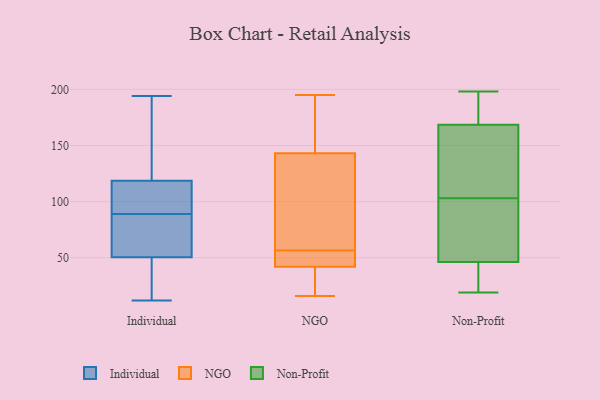
{"axis": {"x": "Conversion Rate (%)", "y": "Value"}, "legend": ["Individual", "NGO", "Non-Profit"], "data": [{"x": "", "y": 117, "type": "Individual"}, {"x": "", "y": 89, "type": "Individual"}, {"x": "", "y": 44, "type": "Individual"}, {"x": "", "y": 84, "type": "Individual"}, {"x": "", "y": 12, "type": "Individual"}, {"x": "", "y": 168, "type": "Individual"}, {"x": "", "y": 194, "type": "Individual"}, {"x": "", "y": 119, "type": "Individual"}, {"x": "", "y": 102, "type": "Individual"}, {"x": "", "y": 70, "type": "Individual"}, {"x": "", "y": 21, "type": "Individual"}, {"x": "", "y": 155, "type": "NGO"}, {"x": "", "y": 48, "type": "NGO"}, {"x": "", "y": 42, "type": "NGO"}, {"x": "", "y": 65, "type": "NGO"}, {"x": "", "y": 21, "type": "NGO"}, {"x": "", "y": 143, "type": "NGO"}, {"x": "", "y": 195, "type": "NGO"}, {"x": "", "y": 16, "type": "NGO"}, {"x": "", "y": 46, "type": "NGO"}, {"x": "", "y": 114, "type": "NGO"}, {"x": "", "y": 50, "type": "Non-Profit"}, {"x": "", "y": 19, "type": "Non-Profit"}, {"x": "", "y": 171, "type": "Non-Profit"}, {"x": "", "y": 95, "type": "Non-Profit"}, {"x": "", "y": 45, "type": "Non-Profit"}, {"x": "", "y": 146, "type": "Non-Profit"}, {"x": "", "y": 44, "type": "Non-Profit"}, {"x": "", "y": 151, "type": "Non-Profit"}, {"x": "", "y": 193, "type": "Non-Profit"}, {"x": "", "y": 103, "type": "Non-Profit"}, {"x": "", "y": 20, "type": "Non-Profit"}, {"x": "", "y": 170, "type": "Non-Profit"}, {"x": "", "y": 54, "type": "Non-Profit"}, {"x": "", "y": 140, "type": "Non-Profit"}, {"x": "", "y": 35, "type": "Non-Profit"}, {"x": "", "y": 68, "type": "Non-Profit"}, {"x": "", "y": 169, "type": "Non-Profit"}, {"x": "", "y": 167, "type": "Non-Profit"}, {"x": "", "y": 198, "type": "Non-Profit"}]}